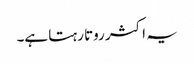
یہ اکثر روتا رہتا ہے۔